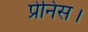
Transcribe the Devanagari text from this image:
प्रेनिस।